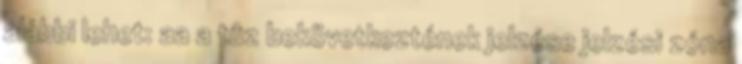
alábbi lehet: aa a tûz bekövetkeztének jelzése jelzési zóna